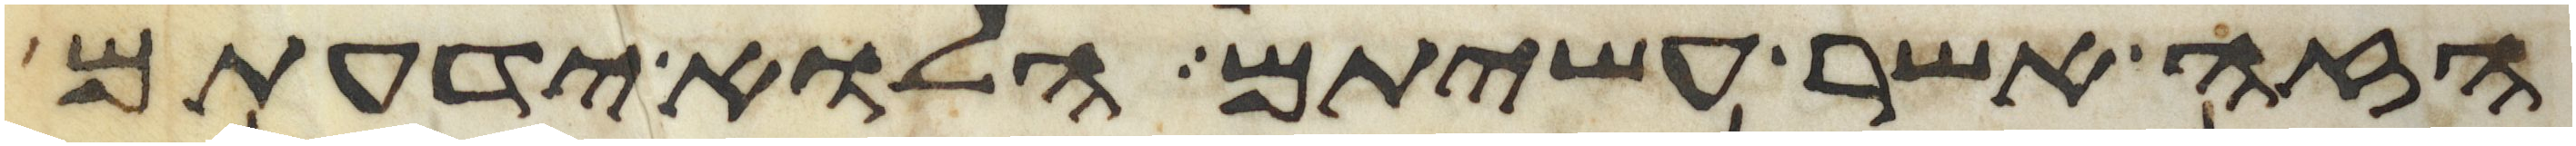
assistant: הזה אשר עשיתם הלוא ידעתם